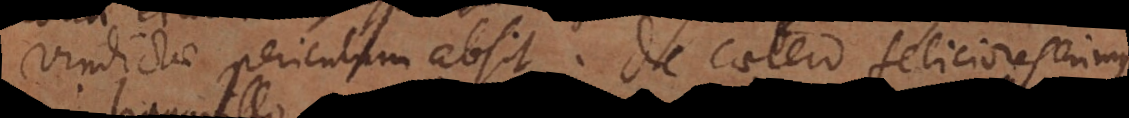
vindictae periculum absit. De caetero feliciores